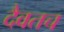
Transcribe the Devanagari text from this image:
दैवतच